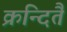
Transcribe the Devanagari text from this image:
क्रन्दितै